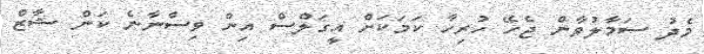
މެދު ސަމާލުވާން ޖެހޭ ހުރިހާ ކަމަކަށް އީގަލްސް އިން ވިސްނާނެ ކަން ޝާޒް